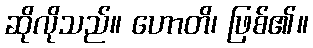
ဆိုလိုသည်။ ဟောတိ၊ ဖြစ်၏။